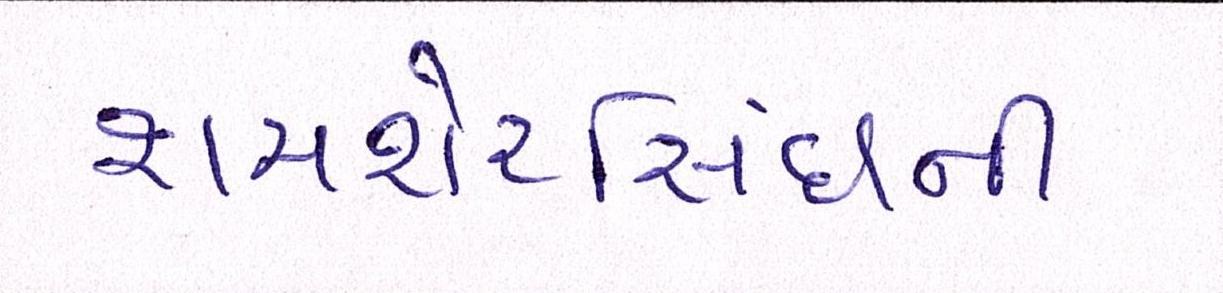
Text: શમશેરસિંઘની